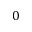
0